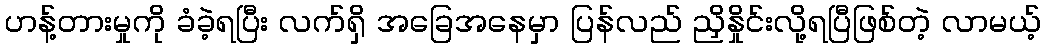
ဟန့်တားမှုကို ခံခဲ့ရပြီး လက်ရှိ အခြေအနေမှာ ပြန်လည် ညှိနှိုင်းလို့ရပြီဖြစ်တဲ့ လာမယ့်